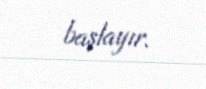
başlayır.